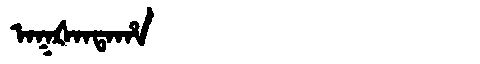
Manchu: ᠠᡴᡧᠠᠨᡨᠠᡥᠠ
Romanization: AKŠANTAHA